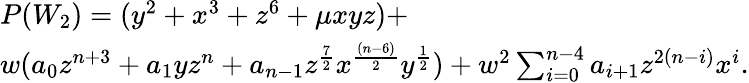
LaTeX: \begin{array}{lcr}{{P(W_{2})=(y^{2}+x^{3}+z^{6}+\mu xyz)+}}\\ {{w(a_{0}z^{n+3}+a_{1}yz^{n}+a_{n-1}z^{{\frac{7}{2}}}x^{{\frac{(n-6)}{2}}}y^{{\frac{1}{2}}})+w^{2}\sum_{i=0}^{n-4}a_{i+1}z^{2(n-i)}x^{i}.}}\end{array}